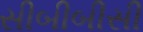
સીબીબીસી